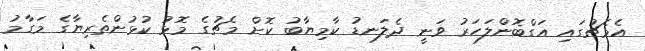
އެމެޗުގައި އަގްބޮންލަހަރު ވަނީ ދެލަނޑު ކާމިޔާބު ކޮށް މެޗުގެ މޮޅު ކުޅުންތެރިޔާގެ މަގާމު